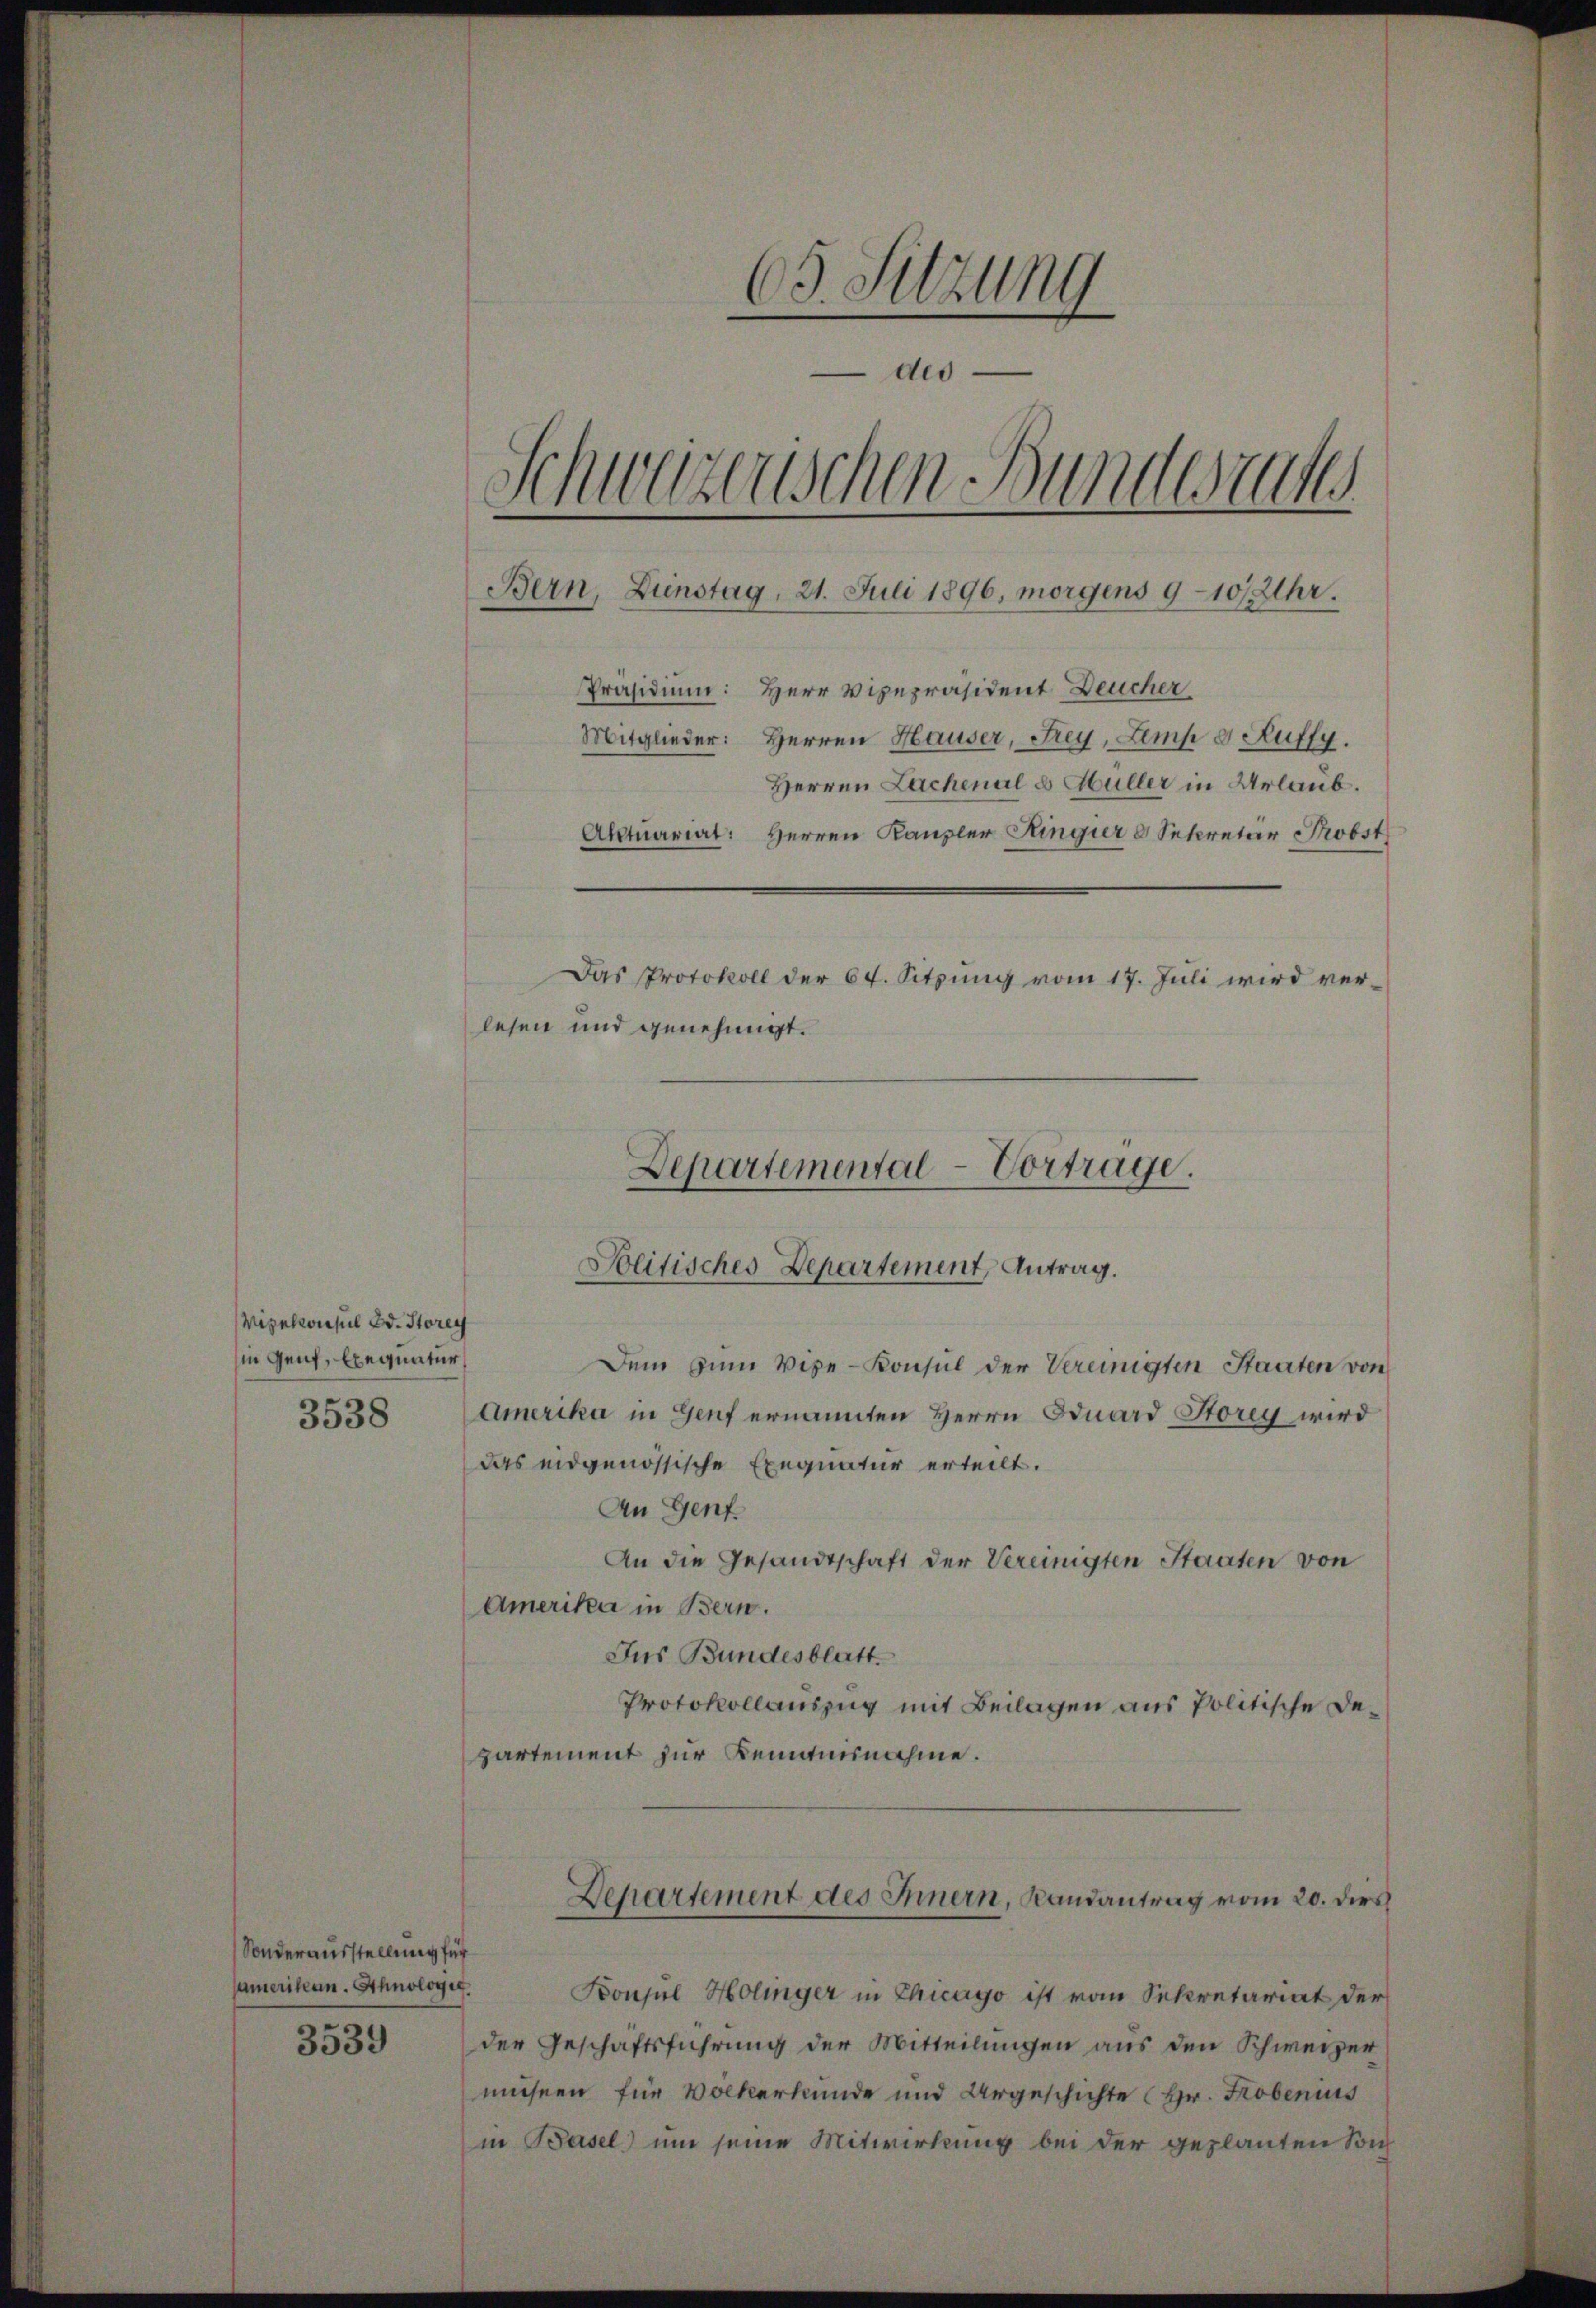
Wisekonsul Bd. Horey
in Genf, Exequatur
3538

Sonderausstellung für
samerikan. Achnologie
3539

63. Sitzung
des
1
Schweizerischen Bundesrat
Bern, Zinstag, 21. Juli 1896, morgens 9-10 Uhr.
Präsidium: Herr Vizepräsident Deucher
Mitglieder: Herren Hauser, Frey, Lemp 8. Auffy.
Herren Lachenal & Hüller in Urlaub.
Aktuariat: Herren Kanzler Ringier & Sekretär Probst
Das Protokoll der 64. Sitzung vom 17. Juli wird verlesen und genehmigt.

Dem zum Vize-Konsul der Vereinigten Staaten von
Amerika in Genf ernannten Herrn Eduard Storey wird
Das eidgenössische Exequatur erteilt.
An Genf
An die Gesandtschaft der Vereinigten Staaten von
Amerika in Bern.
Jus Bundesblatt.
Protokollauszug mit Beilagen aus Politische Departement zur Remannahme.

Departemental-Vortrage.
Solitisches Departement, Antrag.

Departement des Innern, Landantrag vom 20. dies

Konsul Holinger in Chicago ist vom Sekretariat der
der Geschäftsführung der Mitteilungen aus den Schweizer
miesen für Volkerkunde und Urgeschichte (Hr. Robenius
in Basel um seine Mitwirkung bei der geplanten Son